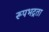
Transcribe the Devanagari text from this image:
रूपभद्रता